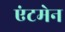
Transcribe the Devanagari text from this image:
एंटमेन